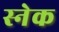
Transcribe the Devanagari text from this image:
स्‍नेक